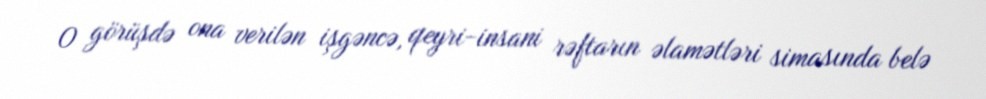
O görüşdə ona verilən işgəncə, qeyri-insani rəftarın əlamətləri simasında belə